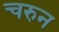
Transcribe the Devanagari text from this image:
चरुन